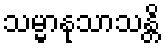
သမ္မာနုသာသန္တိ